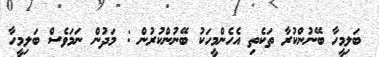
ބަލިމީހާ ބޭނުންކުރާ ތަކެތި އެހެންމީހަކު ބޭނުންކުރުން : މަދުން ނަމަވެސް ބަލިމީހާ